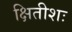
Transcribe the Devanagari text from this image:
क्षितीशः